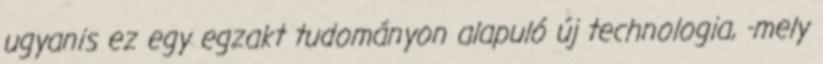
ugyanis ez egy egzakt tudományon alapuló új technologia, -mely